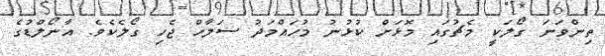
ތިންވަނަ ގޯލަކީ މެޗުގައި މޮޅަށް ކުޅުނު މުހައްމަދު ސަލާހް ޖެހި ގޯލެކެވެ. އާނޯލްޑުގެ